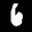
Label: 6